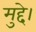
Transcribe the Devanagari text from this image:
मुद्दे।